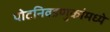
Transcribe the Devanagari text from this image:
पोटनिवडणुकांमध्ये